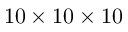
1 0 \times 1 0 \times 1 0